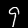
Label: 9